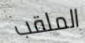
الملقب